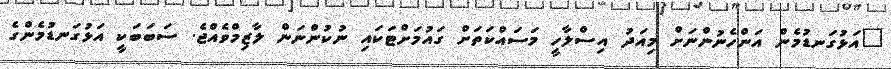
"އަޅުގަނޑުމެން އަންހެނުންނަށް މިއަދު އިސްލާހީ މަސައްކަތަށް ގައުމަށްޓަކައި ނުކުންނަން ލާޒިމްވެއްޖެ. ސަބަބަކީ އަޅުގަނޑުމެންގެ